Scottish Leaving Certificate Examination, 1959
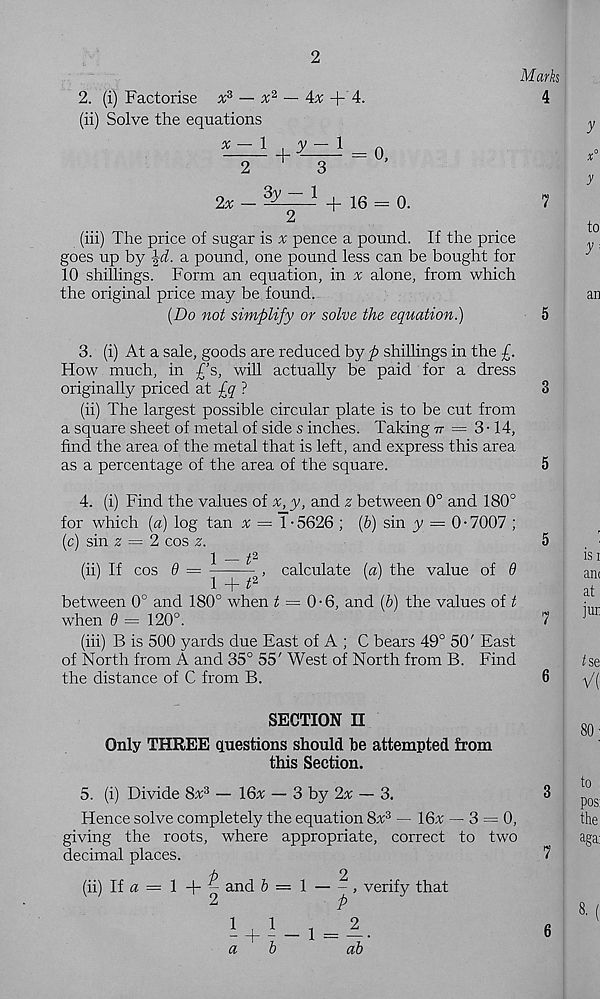
2
Marks
4
2. (i) Factorise x 3 — x 2
(ii) Solve the equations
x — 1
4x + 4.
+
y-\
0,
2x
3y - 1 + 16 = 0.
(iii) The price of sugar is v pence a pound. If the price
goes up by \d. a pound, one pound less can be bought for
10 shillings. Form an equation, in v alone, from which
the original price may be found.
{Do not simplify or solve the equation.)
3. (i) At a sale, goods are reduced by p shillings in the f.
How much, in £’s, will actually be paid for a dress
originally priced at fq ?
8
(ii) The largest possible circular plate is to be cut from
a square sheet of metal of side s inches. Taking 77 = 3 • 14,
find the area of the metal that is left, and express this area
as a percentage of the area of the square.
5
4. (i) Find the values of x, y, and z between 0° and 180°
for which [a] log tan x — l-5626 ; {b) sin y = 0• 7007 ;
(c) sin z ■ = 2 cos z.
5
\ — t 2
(ii) If cos 9 =
, calculate (a) the value of 9
between 0° and 180° when t = 0-6, and (6) the values of t
when 9 — 120°.
7
(iii) B is 500 yards due East of A ; C bears 49° 50' East
of North from A and 35° 55' West of North from B. Find
the distance of C from B.
6
SECTION II
Only THREE questions should be attempted from
this Section.
5. (i) Divide 8x 3 — 16;r — 3 by 2# — 3.
Hence solve completely the equation 8x 3 — 16v — 3 = 0,
giving the roots, where appropriate, correct to two
decimal places.
(ii) If a
1 + - and b
2
P
verify that
! + !-!= 2.
a
b
ab
3
7
6